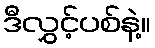
ဒီလွှင့်ပစ်နဲ့။